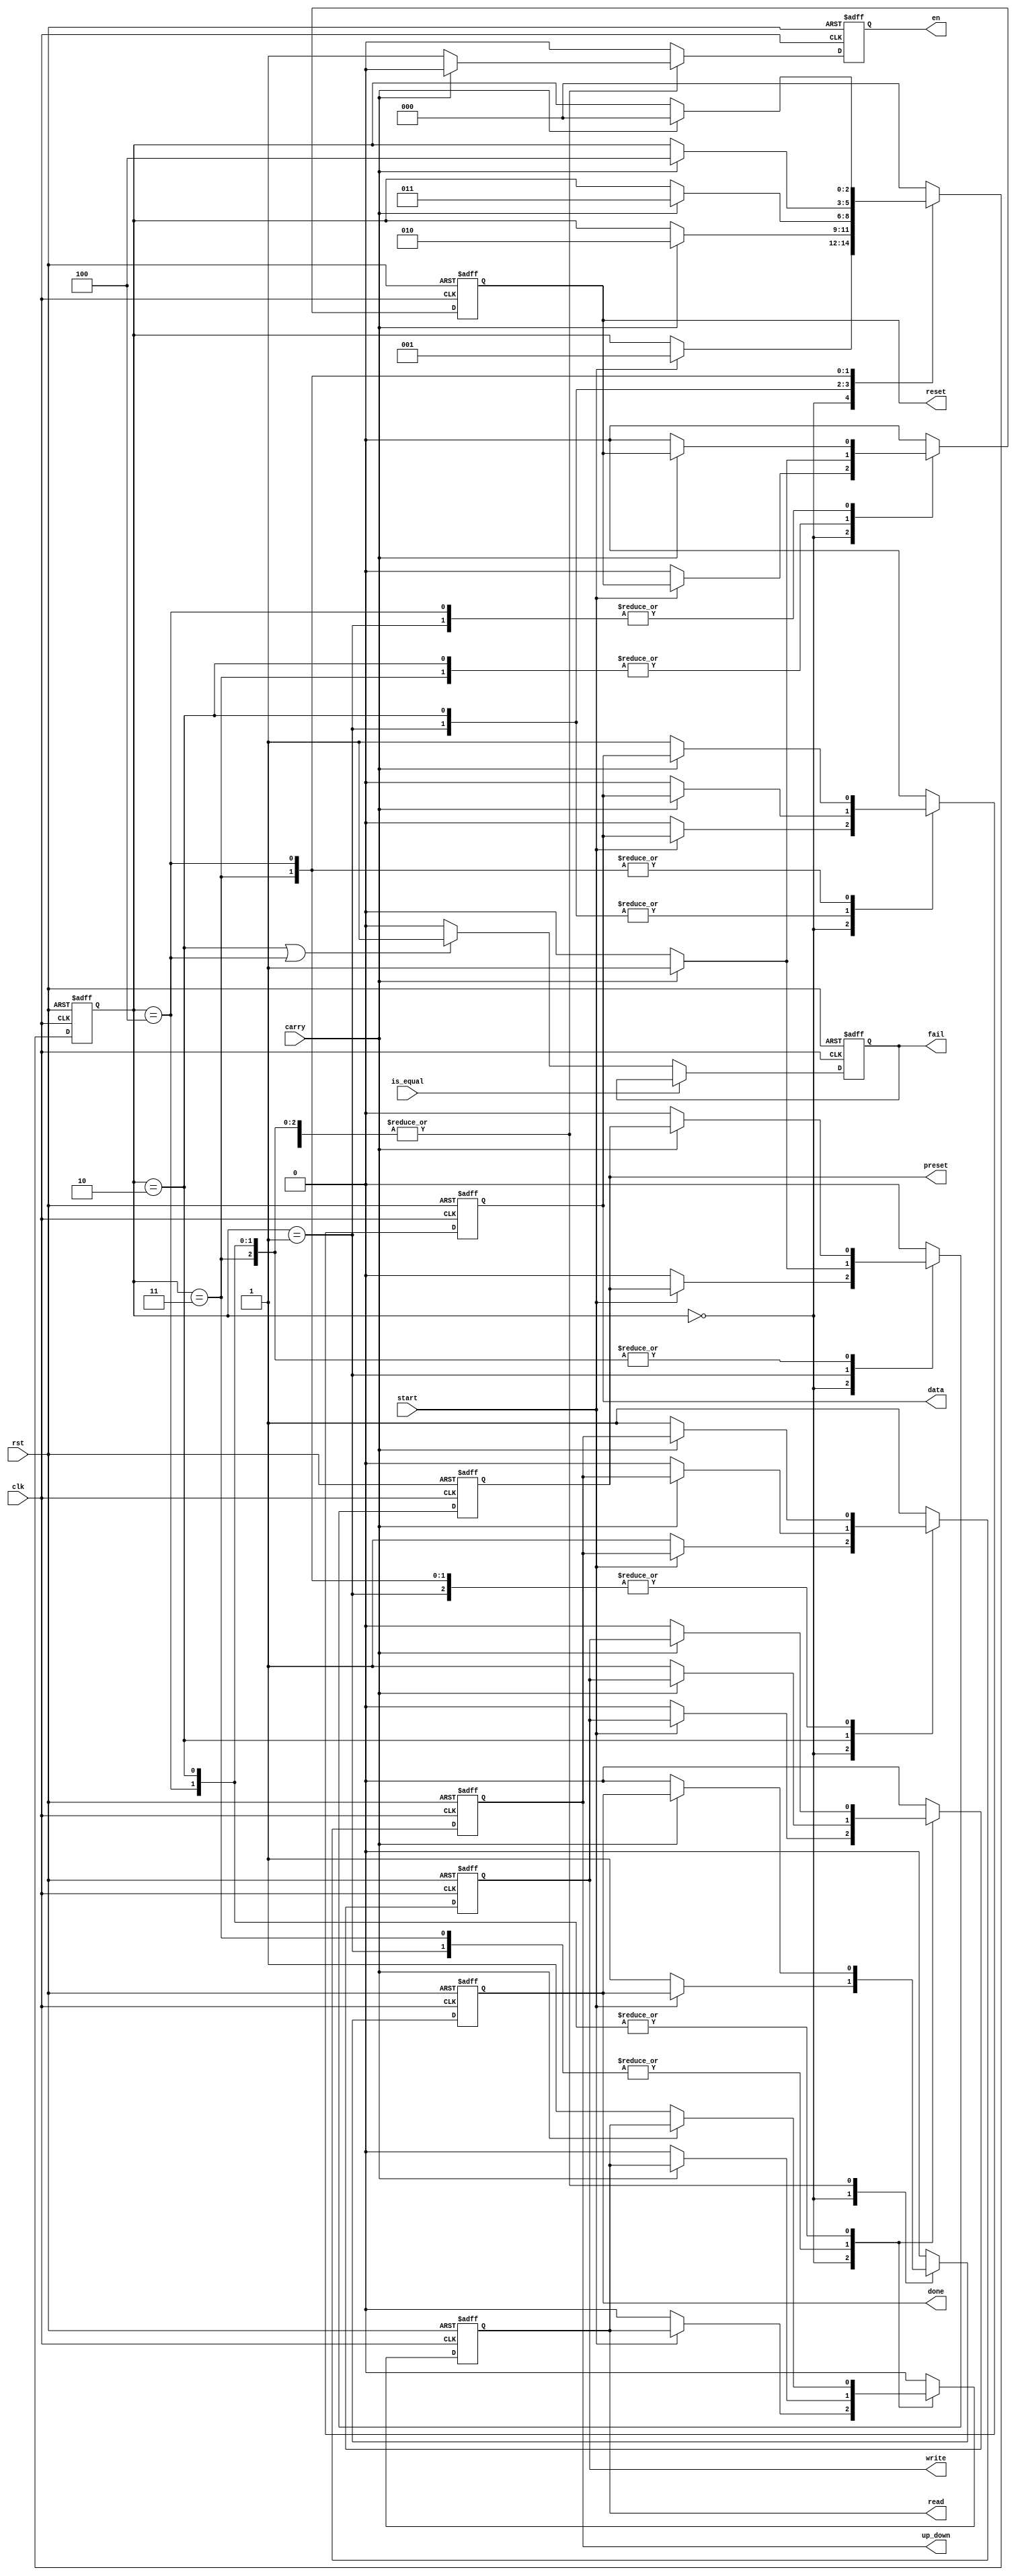
module mem_FSM(
	rst,clk,start,fail,done,reset,preset, en,up_down,carry, read,write,data,is_equal
);

input wire rst,clk,start,is_equal,carry;
output reg fail,done,en,up_down,read,write,data,reset,preset;

parameter Idle = 3'b0;
parameter w0 = 3'd1;
parameter r0 = 3'd2;
parameter w1 = 3'd3;
parameter r1 = 3'd4;

reg [2:0] state;

always @(posedge clk or posedge rst ) begin  
	if( rst ) begin 
		state <= Idle;
		read <= 1'b0;
		write <= 1'b0;
		up_down <= 1'b1;
		data <= 1'b0;
		done <= 1'b0;
		en <= 1'b0;
		reset <= 1'b0;
		preset <= 1'b0;
	end
	else begin   
		case (state) 
			Idle: 
				if(start == 1'b1) begin 
					en <= 1'b0;
					state <= w0;
				end
				else begin 
					read <= 1'b0;
					write <= 1'b0;
					up_down <= 1'b1;
					data <= 1'b0;
					done <= 1'b1;
					en <= 1'b0;
					reset <= 1'b0;
					preset <= 1'b0;
				end
			w0:
				if(carry) begin 
					en <= 1'b0;
					state <= r0;
					preset <= carry;
				end
				else begin 
					read  <= 1'b0;
					write <= 1'b1;
					up_down <= 1'b1;
					data <= 1'b0;
					reset <= 1'b0;
					preset <= 1'b0;
					done <= 1'b0;
					en <= 1'b1;

				end
			r0:
				if(carry) begin
					en <= 1'b0;
					state <= w1;
					reset <= carry;
				end
				else begin 
					read <= 1'b1;
					write <= 1'b0;
					up_down <= 1'b0;
					data <= 1'b0;
					done <= 1'b0;
					
					reset <= 1'b0;
					preset <= 1'b0;
					en <= 1'b1;
				end
			w1: 
				
				if(carry) begin 
					en <= 1'b0;
					state <= r1;
					reset <= carry;
				end
				else begin 
					read <= 1'b0;
					up_down <= 1'b1;
					write <= 1'b1;
					data <= 1'b1;
					done <= 1'b0;
					reset <= 1'b0;
					preset <= 1'b0;
					en <= 1'b1;
				end
			r1:

				if(carry) begin
					en <= 1'b0;
					state <= Idle;
				end
				else begin 
					read <= 1'b1;
					write <= 1'b0;
					data <= 1'b1;
					up_down <= 1'b1;
					reset <= 1'b0;
					preset <= 1'b0;
					done <= 1'b0;
					en <= 1'b1;
				end
			default: begin 
				state <= Idle;
				read <= 1'b0;
				write <= 1'b0;
				up_down <= 1'b1;
				data <= 1'b0;
				done <= 1'b0;
				en <= 1'b0;
				reset <= 1'b0;
				preset <= 1'b0;

			end
		endcase
	end
end

always @(posedge clk or posedge rst)  
	if(rst)  
		fail <= 1'b0;
	else if(!is_equal) 
		if(state == r0 || state == r1)
                	fail <= 1'b1;
	else 
		fail <= 1'b0;

endmodule